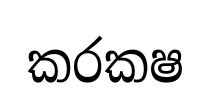
කරකෂ